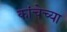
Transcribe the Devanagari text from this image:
कांचेच्या